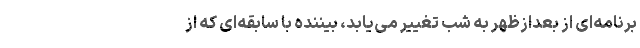
برنامه‌ای از بعدازظهر به شب تغییر می‌یابد، بیننده با سابقه‌ای که از